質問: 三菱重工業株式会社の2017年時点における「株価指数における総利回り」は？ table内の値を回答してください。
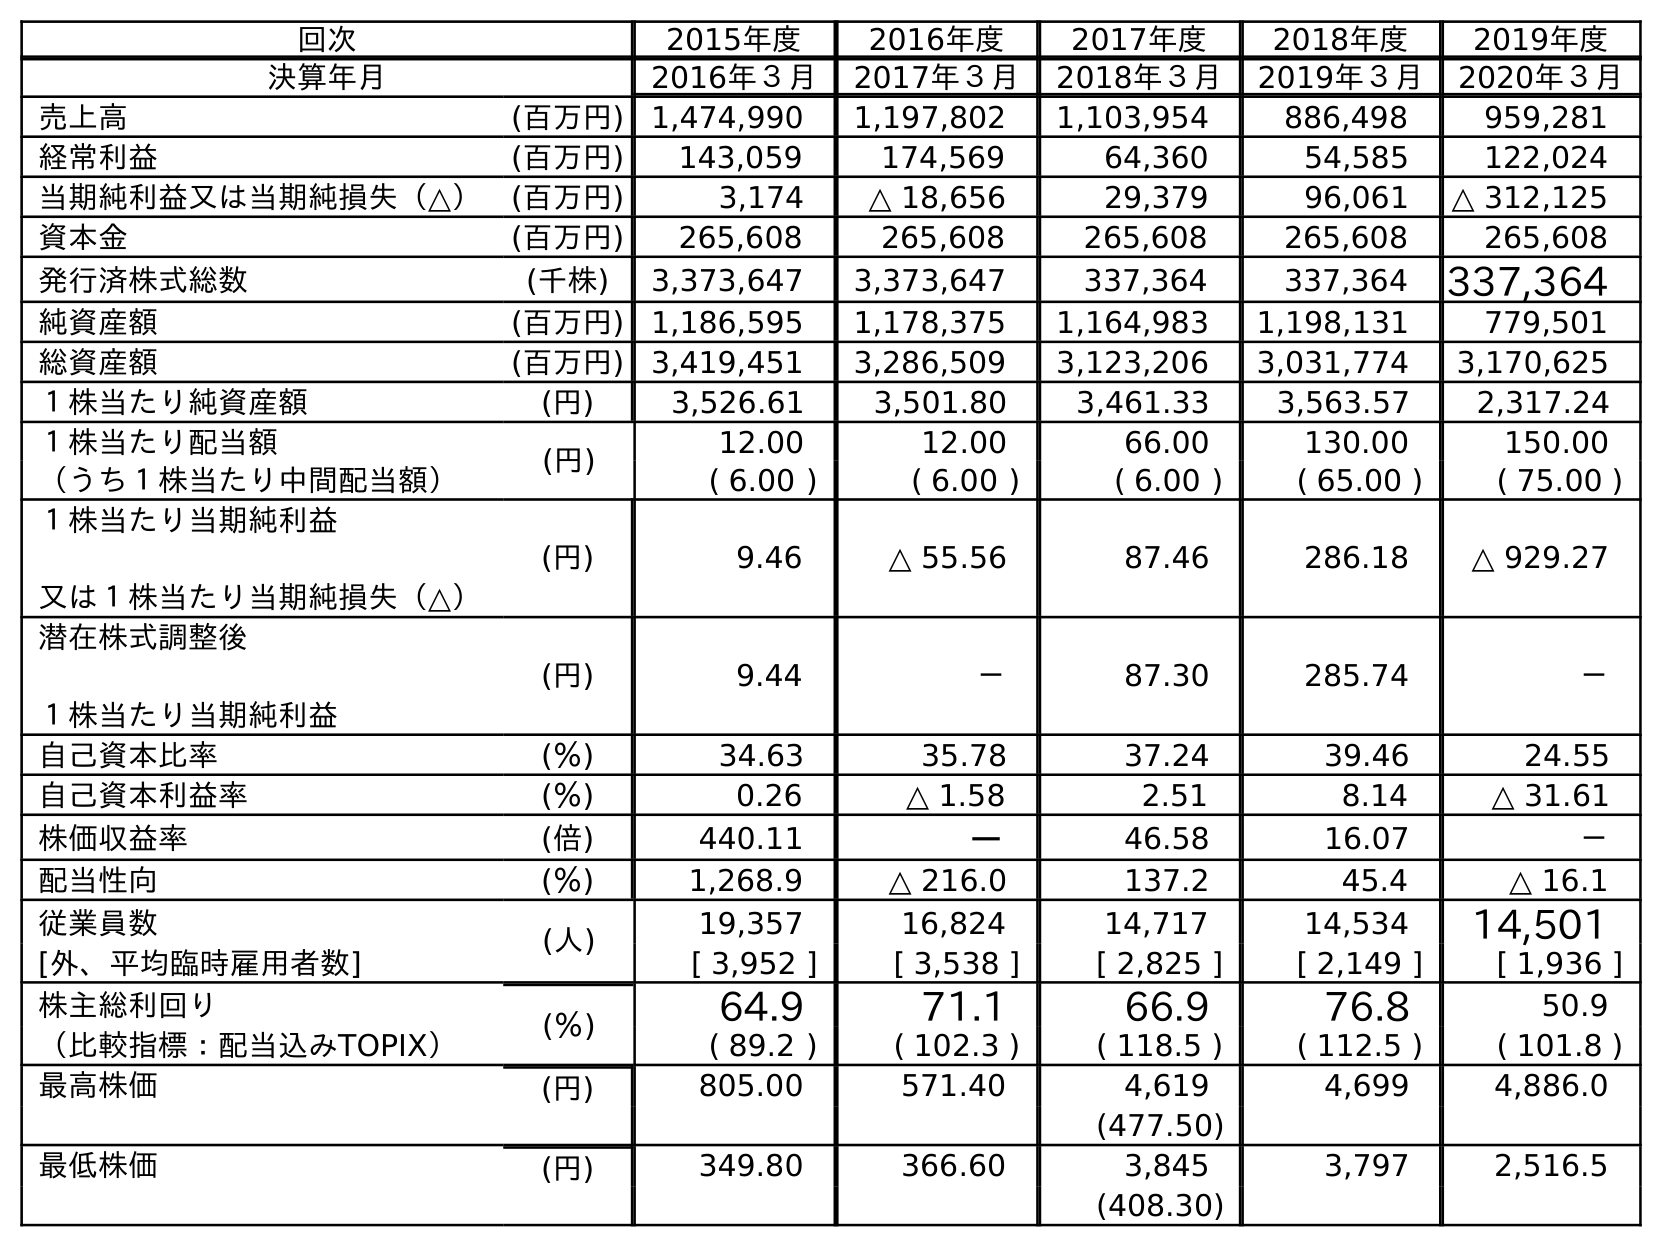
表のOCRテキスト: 回次 2015年度 2016年度 2017年度 2018年度 2019年度 決算年月 2016年３月 2017年３月 2018年３月 2019年３月 2020年３月 売上高 (百万円) 1,474,990 1,197,802 1,103,954 886,498 959,281 経常利益 (百万円) 143,059 174,569 64,360 54,585 122,024 当期純利益又は当期純損失（△） (百万円) 3,174 △ 18,656 29,379 96,061 △ 312,125 資本金 (百万円) 265,608 265,608 265,608 265,608 265,608 発行済株式総数 (千株) 3,373,647 3,373,647 337,364 337,364 337,364 純資産額 (百万円) 1,186,595 1,178,375 1,164,983 1,198,131 779,501 総資産額 (百万円) 3,419,451 3,286,509 3,123,206 3,031,774 3,170,625 １株当たり純資産額 (円) 3,526.61 3,501.80 3,461.33 3,563.57 2,317.24 １株当たり配当額 (円) 12.00 12.00 66.00 130.00 150.00 （うち１株当たり中間配当額） ( 6.00 ) ( 6.00 ) ( 6.00 ) ( 65.00 ) ( 75.00 ) １株当たり当期純利益 又は１株当たり当期純損失（△） (円) 9.46 △ 55.56 87.46 286.18 △ 929.27 潜在株式調整後 １株当たり当期純利益 (円) 9.44 － 87.30 285.74 － 自己資本比率 (％) 34.63 35.78 37.24 39.46 24.55 自己資本利益率 (％) 0.26 △ 1.58 2.51 8.14 △ 31.61 株価収益率 (倍) 440.11 － 46.58 16.07 － 配当性向 (％) 1,268.9 △ 216.0 137.2 45.4 △ 16.1 従業員数 (人) 19,357 16,824 14,717 14,534 14,501 [外、平均臨時雇用者数] [ 3,952 ] [ 3,538 ] [ 2,825 ] [ 2,149 ] [ 1,936 ] 株主総利回り (％) 64.9 71.1 66.9 76.8 50.9 （比較指標：配当込みTOPIX） ( 89.2 ) ( 102.3 ) ( 118.5 ) ( 112.5 ) ( 101.8 ) 最高株価 (円) 805.00 571.40 4,619 4,699 4,886.0 (477.50) 最低株価 (円) 349.80 366.60 3,845 3,797 2,516.5 (408.30)
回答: (102.3)